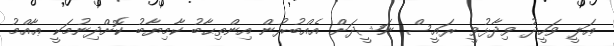
ޢަލީ ވަހީދު ވިދާޅުވީ ރައީސް ނަޝީދަށް އެއްބުރުން އިންތިޙާބު ކާމިޔާބު ކޮށްދިނުމަކީ ޢާއްމު